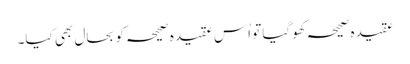
عقیدہ صحیحہ کھوگیا تو اُس عقیدہ صحیحہ کو بحال بھی کیا۔